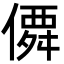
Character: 僲